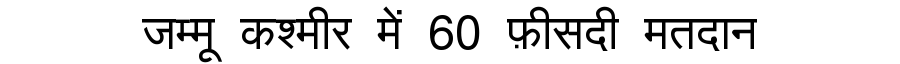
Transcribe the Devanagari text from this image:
जम्मू कश्मीर में 60 फ़ीसदी मतदान